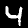
Label: 4